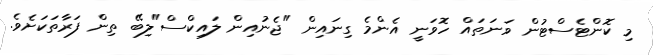
މި ކޮންޓެސްޓުން ވަނަތައް ހޮވަނީ އެންމެ ގިނައިން "ޖެނުއިން ލައިކްސް"ލިބޭ ތިން ފަރާތަކަށެވެ.